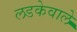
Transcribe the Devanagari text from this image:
लडकेवाले